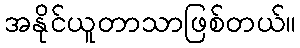
အနိုင်ယူတာသာဖြစ်တယ်။